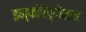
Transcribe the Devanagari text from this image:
इन्फाॅरर्मेशन